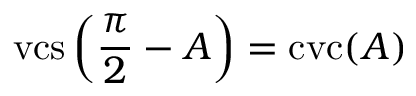
\operatorname { v c s } \left( { \frac { \pi } { 2 } } - A \right) = \operatorname { c v c } ( A )